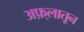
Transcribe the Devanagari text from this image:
अफ़्लातून